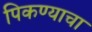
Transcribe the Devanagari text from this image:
पिकण्याचा